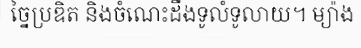
ច្នៃប្រឌិត និងចំណេះដឹងទូលំទូលាយ។ ម្យ៉ាង